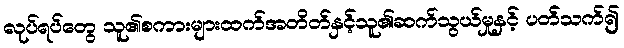
လုပ်ရပ်တွေ သူ၏စကားများထက်အတိတ်နှင့်သူ၏ဆက်သွယ်မှုနှင့် ပတ်သက်၍